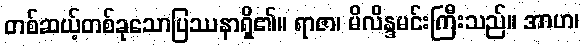
တစ်ဆယ့်တစ်ခုသောပြဿနာရှိ၏။ ရာဇာ၊ မိလိန္ဒမင်းကြီးသည်။ အာဟ၊